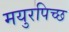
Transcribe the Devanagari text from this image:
मयुरपिच्छ